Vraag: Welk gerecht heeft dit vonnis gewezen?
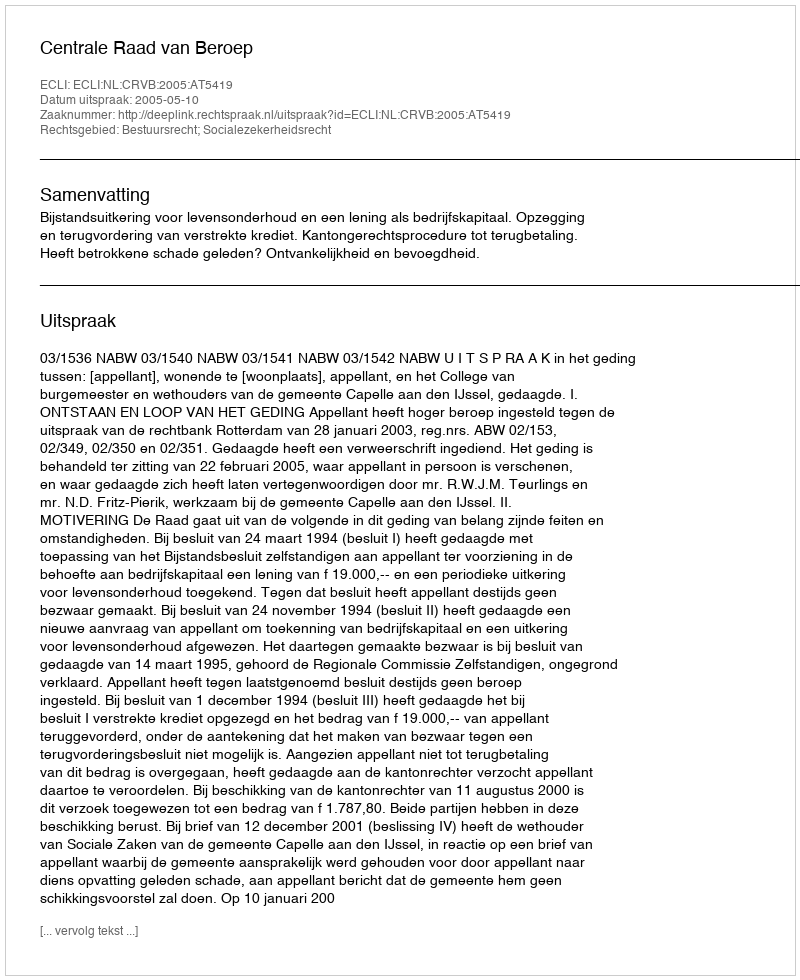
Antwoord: Centrale Raad van Beroep